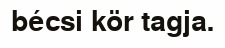
bécsi kör tagja.